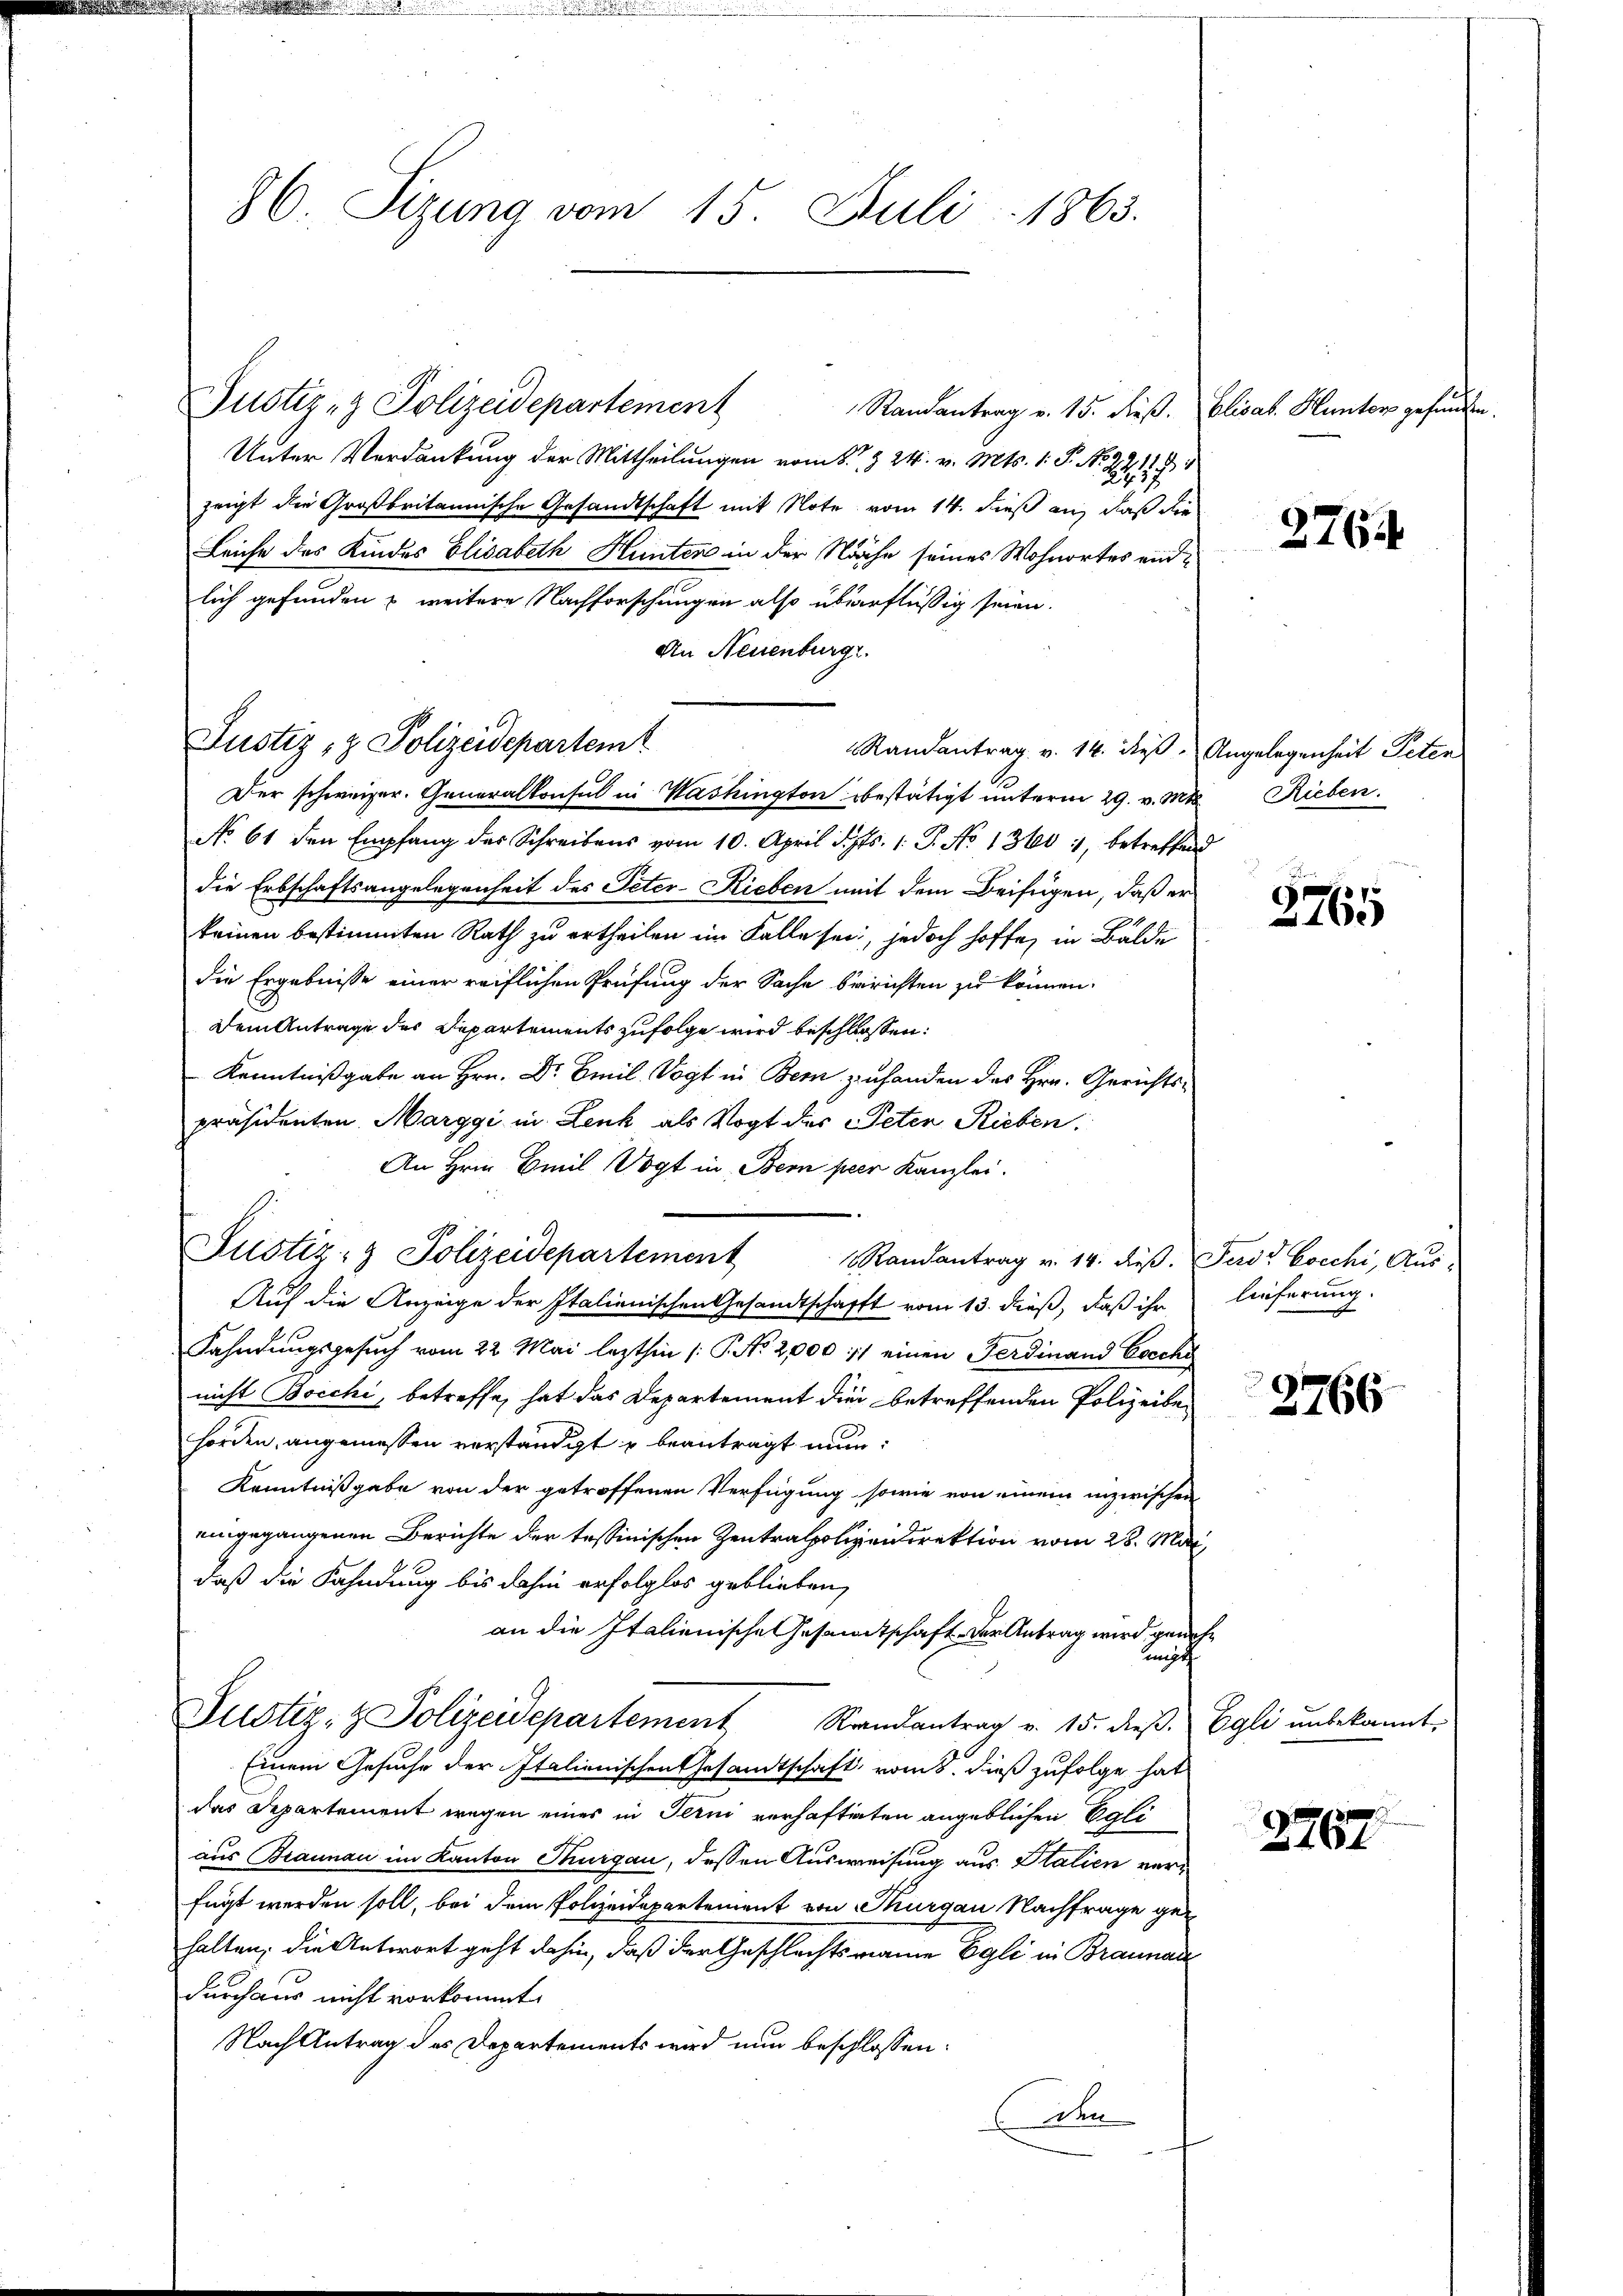
86. Sizung vom 15. Juli 1863.

Justiz- & Polizeidepartement
Unter Verdankung der Mittheilungen vom 8. § 24. v. Mts. 1. P. N. 2212. 91
zeigt die Großbritannische Gesandtschaft mit Note vom 14. dieß an, daß die
Leiche des Kindes Elisabeth Hünten in der Näche seines Wohnortes einlich gefunden & weitere Nachforschungen also überflüßig seien.
An Neuenburg.
Randantrag v. 14. dieß Angelegenheit Peten
Der schweizer. Generalkonsul in Washington bestätigt unterm 29. v. Mts. Rieben.
No 61 den Empfang des Schreibens vom 10. April d. Js. 1. P. No 13601, betreffend
die Erbschaftsangelegenheit des Peter-Rieben mit dem Beifügen, daß er
keinen bestimmten Rath zu ertheilen im Falle sei, jedoch hoffe, in Bälde
die Ergebnisse einer reiflichen Prüfung der Sache berichten zu können.
Dem Antrage des Departements zufolge wird beschlossen:
Kenntnißgabe an Hrn. Dr Emil Vogt in Bern zuhanden des Hrn. Gerichts-
präsidenten Marggi in Lenk als Vogt des Peten Rieben:
An Hrn. Emil Vogt in Bern per Kanzlei.
Auf die Anzeige der Italienischen Gesandtschafft vom 13. dieß, daß ihr lieferung.
Fahndungsgesuch vom 22. Mai lezthin /: No 2,000 : 1) einen Ferdinand Cocchi
nicht Bocchi, betreffe, hat das Departement die betreffenden Polizeibe
horden, angemessen verständigt u beantragt nun:
Kenntnißgabe von der getroffenen Verfügung, sowie von einem inzwischen
eingegangenen Berichte der tessinischen Zentralpolizeidirektion vom 28. Mai,
daß die Fahndung bis dahin erfolglos geblieben,
an die Italienische Gesandtschaft der Antrag wird genehunsch
Justiz- & Polizeidepartement Randantrag v. 15. dieβ. Egli unbekannt.
Einem Gesuche der Italienischen Gesandtschaft, vom 8. dieß zufolge hat
das Departement wegen eines in Terni verhafteten angeblichen Egli
aus Braunau im Kanton Thurgau, dessen Ausweisung aus Italien verfügt werden soll, bei dem Polizeidepartement von Thurgau Nachfrage gehalten, die Antwort geht dahin, daß der Geschlechts maine Egli in Braunaus
durchaus nicht vorkommt.
Nach Antrag des Departements wird nun beschlossen:
den

Justiz- & Polizeidepartemt

Justiz- & Polizeidepartement Randantrag v. 14. dieβ. Ferd Cocchi, Aŭs-

Randantrag v. 15. dieß. Elisat. Hunters gefunden.

2764.

2765

2766

2767.